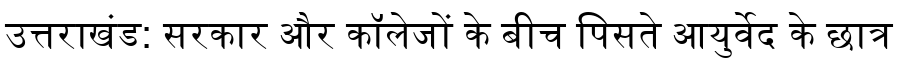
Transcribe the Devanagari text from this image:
उत्तराखंड: सरकार और कॉलेजों के बीच पिसते आयुर्वेद के छात्र